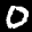
Label: 0